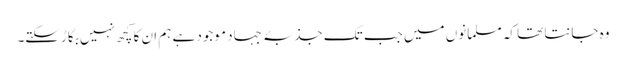
وہ جانتا تھا کہ مسلمانوں میں جب تک جذبۂ جہاد موجود ہے ہم ان کا کچھ نہیں بگاڑسکتے۔